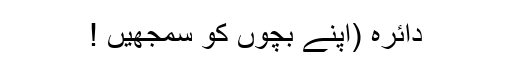
دائرہ (اپنے بچوں کو سمجھیں !